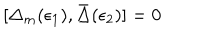
[ \Delta _ { m } ( \epsilon _ { 1 } ) , \bar { \Delta } ( \epsilon _ { 2 } ) ] = 0